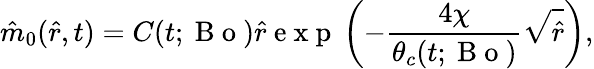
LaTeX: \hat{m}_{0}(\hat{r},t)=C(t;\mathrm{~B~o~})\hat{r}\mathrm{~e~x~p~}\left(-\frac{4\chi}{\theta_{c}(t;\mathrm{~B~o~})}\sqrt{\hat{r}}\right),